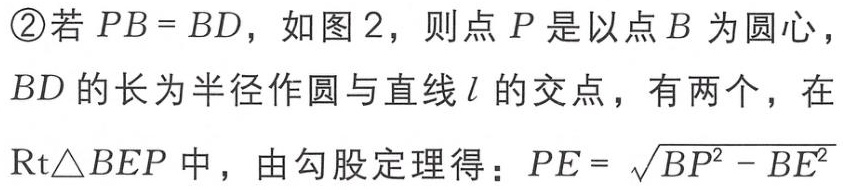
\textcircled{2}若 \(PB = BD\)，如图2，则点 \(P\) 是以点 \(B\) 为圆心，\(BD\) 的长为半径作圆与直线 \(l\) 的交点，有两个，在 \(\text{Rt}\triangle BEP\) 中，由勾股定理得：\(PE = \sqrt{BP^{2} - BE^{2}}\)